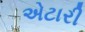
એટારી